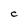
Character: C